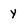
Character: y